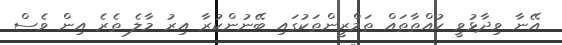
އޭނާ ވިދާޅުވީ ކުއްތާތައް ތަމްރީންތަކުގައި ބޭނުންކުރާ އިރު މާލެ ތެރެ އިން ވެސް